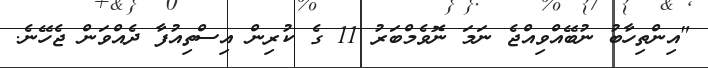
"އިންތިހާބު ނުބޭއްވިއްޖެ ނަމަ ނޮވެމްބަރު 11 ގެ ކުރިން އިސްތިއުފާ ދެއްވަން ޖެހޭނެ.